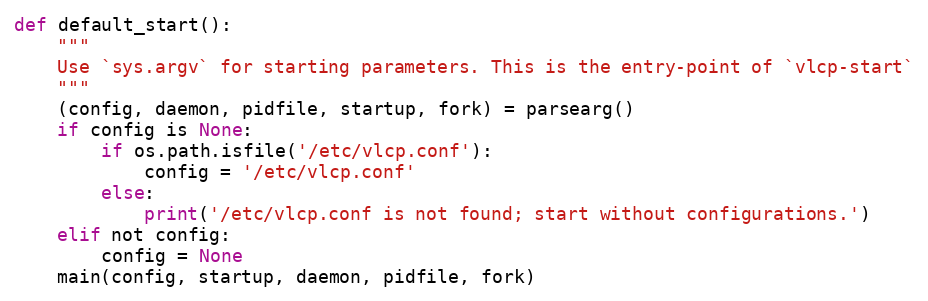
Language: Python
def default_start():
    """
    Use `sys.argv` for starting parameters. This is the entry-point of `vlcp-start`
    """
    (config, daemon, pidfile, startup, fork) = parsearg()
    if config is None:
        if os.path.isfile('/etc/vlcp.conf'):
            config = '/etc/vlcp.conf'
        else:
            print('/etc/vlcp.conf is not found; start without configurations.')
    elif not config:
        config = None
    main(config, startup, daemon, pidfile, fork)